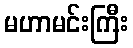
မဟာမင်းကြီး